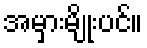
အမှားမျိုးပင်။